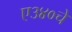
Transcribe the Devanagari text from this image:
ए३४०चे